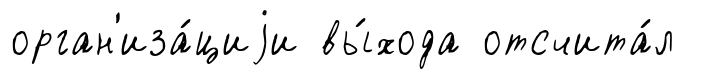
орган'иза́циjи вы́хода отсчита́л